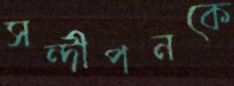
সন্দীপনকে